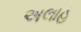
અલાહ